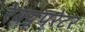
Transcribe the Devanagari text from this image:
रेक्यूपरेटर